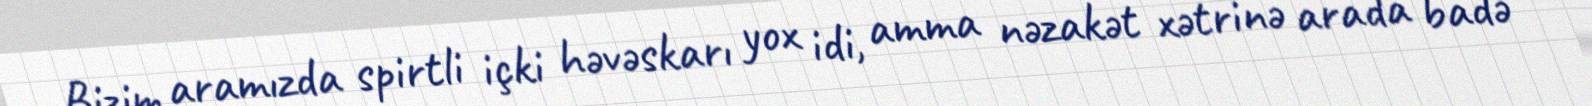
Bizim aramızda spirtli içki həvəskarı yox idi, amma nəzakət xətrinə arada badə